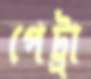
পেট্রা